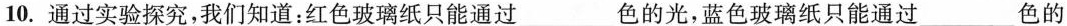
10.通过实验探究，我们知道：红色玻璃纸只能通过____色的光，蓝色玻璃纸只能通过_____色的